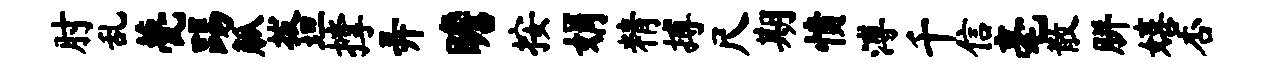
肘乱甍踢觚拔坦撑弄瞻按娟精搏尺期愤溥千信毫散胼嬉杏